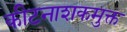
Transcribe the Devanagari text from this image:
कीटनाशकमुक्त